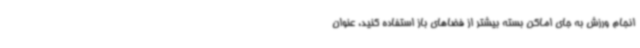
انجام ورزش به جای اماکن بسته بیشتر از فضاهای باز استفاده کنید، عنوان